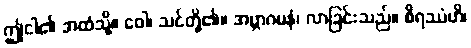
ဤငါ၏ အထံသို့။ ဝေါ၊ သင်တို့၏။ အဗ္ဘာဂမနံ၊ လာခြင်းသည်။ စိရဿံဟိ၊